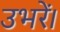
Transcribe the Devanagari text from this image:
उभरें।